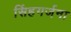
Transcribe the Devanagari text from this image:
सिंहगर्जना